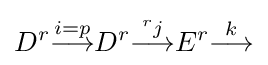
D^{r}{\overset {i=p}{\longrightarrow }}D^{r}{\overset {{}^{r}j}{\longrightarrow }}E^{r}{\overset {k}{\longrightarrow }}